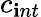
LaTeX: c_{\mathbf{i}nt}